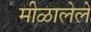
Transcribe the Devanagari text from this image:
मीळालेले